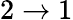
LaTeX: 2\to 1